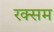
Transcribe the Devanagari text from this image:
रक्सम